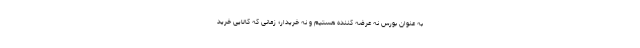
به عنوان بورس نه عرضه کننده هستیم و نه خریدار؛ زمانی که کالایی خرید